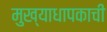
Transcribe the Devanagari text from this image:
मुख्याधापकाची